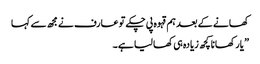
کھانے کے بعد ہم قہوہ پی چکے تو عارف نے مجھ سے کہا
” یار کھانا کچھ زیادہ ہی کھا لیا ہے ۔